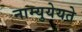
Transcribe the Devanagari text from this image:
नाम्युयेयते